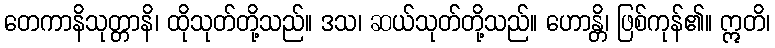
တေကာနိသုတ္တာနိ၊ ထိုသုတ်တို့သည်။ ဒသ၊ ဆယ်သုတ်တို့သည်။ ဟောန္တိ၊ ဖြစ်ကုန်၏။ ဣတိ၊